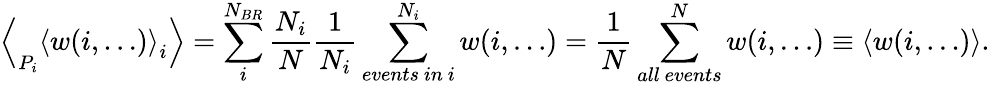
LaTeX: \Bigl<_{P_{i}}\left<w(i,\dots)\right>_{i}\Bigr>=\sum_{i}^{N_{BR}}\frac{N_{i}}{N}\frac{1}{N_{i}}\sum_{events~in~i}^{N_{i}}w(i,\dots)=\frac{1}{N}\sum_{all~events}^{N}w(i,\dots)\equiv\left<w(i,\dots)\right>.